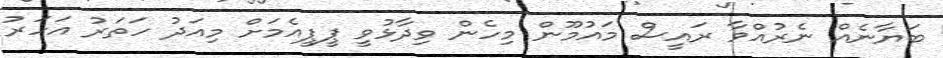
ބަޔާނެއް ނެރުއްވާ ރައީސް މައުމޫން މިހެން ވިދާޅުވީ ޕީޕީއެމަށް މިއަދު ހަތަރު އަހަރު